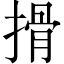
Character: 搰